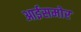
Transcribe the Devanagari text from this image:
आईसमोर